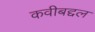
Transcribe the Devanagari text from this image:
कवीबद्दल